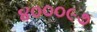
૪૦૦૦૯૭